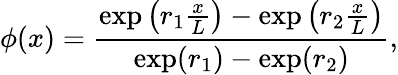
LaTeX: \phi(x)=\frac{\exp\left(r_{1}\frac{x}{L}\right)-\exp\left(r_{2}\frac{x}{L}\right)}{\exp(r_{1})-\exp(r_{2})},